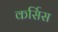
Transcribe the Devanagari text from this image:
कर्सिस